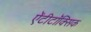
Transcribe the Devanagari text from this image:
ऐंटीटॉक्सिक